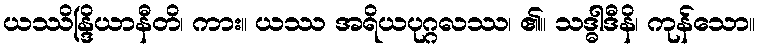
ယဿိန္ဒြိယာနီတိ၊ ကား။ ယဿ အရိယပုဂ္ဂလဿ၊ ၏။ သဒ္ဓါဒီနိ၊ ကုန်သော။